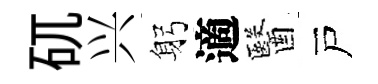
矹兴躬適醫戸